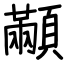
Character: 顢